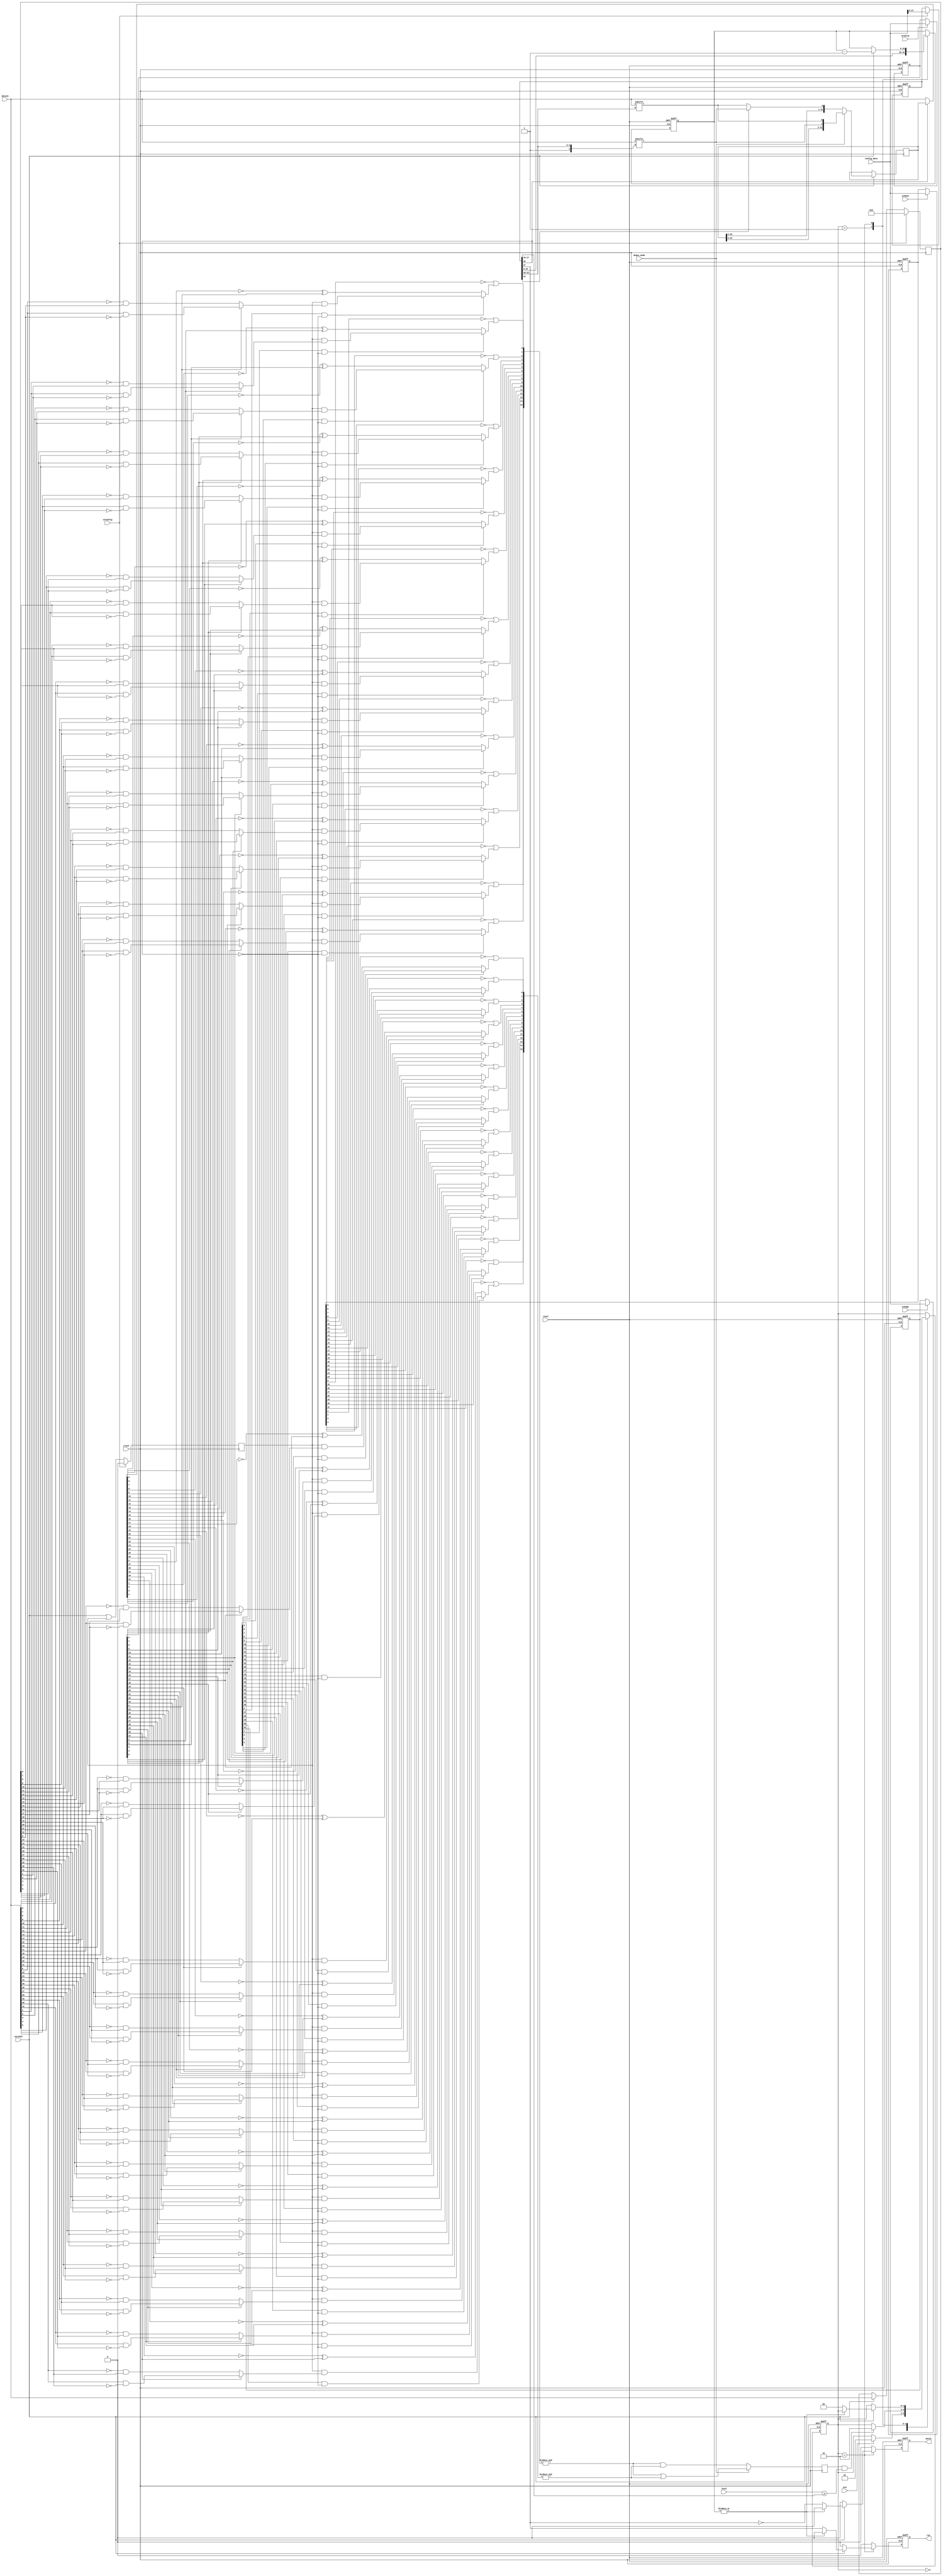
//--------------------------------------------------------------------------------
// stage.vhd
//
// Copyright (C) 2006 Michael Poppitz
// 
// This program is free software; you can redistribute it and/or modify
// it under the terms of the GNU General Public License as published by
// the Free Software Foundation; either version 2 of the License, or (at
// your option) any later version.
//
// This program is distributed in the hope that it will be useful, but
// WITHOUT ANY WARRANTY; without even the implied warranty of
// MERCHANTABILITY or FITNESS FOR A PARTICULAR PURPOSE. See the GNU
// General Public License for more details.
//
// You should have received a copy of the GNU General Public License along
// with this program; if not, write to the Free Software Foundation, Inc.,
// 51 Franklin St, Fifth Floor, Boston, MA 02110, USA
//
//--------------------------------------------------------------------------------
//
// Details: http://www.sump.org/projects/analyzer/
//
// Programmable 32 channel trigger stage. It can operate in serial
// and parallel mode. In serial mode any of the input channels
// can be used as input for the 32bit shift register. Comparison
// is done using the value and mask registers on the input in
// parallel mode and on the shift register in serial mode.
// If armed and 'level' has reached the configured minimum value,
// the stage will start to check for a match.
// The match and run output signal delay can be configured.
// The stage will disarm itself after a match occured or when reset is set.
//
// The stage supports "high speed demux" operation in serial and parallel
// mode. (Lower and upper 16 channels contain a 16bit sample each.)
//
// Matching is done using a pipeline. This should not increase the minimum
// time needed between two dependend trigger stage matches, because the
// dependence is evaluated in the last pipeline step.
// It does however increase the delay for the capturing process, but this
// can easily be software compensated. (By adjusting the before/after ratio.)
//--------------------------------------------------------------------------------
//
// 12/29/2010 - Ian Davis (IED) - Verilog version, changed to use LUT based 
//    masked comparisons, and other cleanups created - mygizmos.org
// 
// 05/22/2014 - Magnus Karlsson - Added edge triggers, removerd LUT-based comparisons
//

`timescale 1ns/100ps

module stage(
  clock, reset, dataIn, validIn,
  wrMask, wrValue, wrEdge, 
  wrConfig, config_data,
  arm, demux_mode, level,
  // outputs...
  run, match);

parameter TRUE = 1'b1;
parameter FALSE = 1'b0;

input clock, reset;
input validIn;
input [31:0] dataIn;		// Channel data...
input wrMask;			// Write trigger mask register
input wrValue;		// Write trigger value register
input wrEdge;			// Write trigger edge register
input wrConfig;		// Write trigger config register
input [31:0] config_data;	// Data to write into trigger config regs
input arm;
input demux_mode;
input [1:0] level;
output run;
output match;


//
// Registers...
//
reg [31:0] dataIn_dlyd;
reg validIn_dlyd;
reg [31:0] maskRegister, next_maskRegister;
reg [31:0] valueRegister, next_valueRegister;
reg [31:0] edgeRegister, next_edgeRegister;
reg [27:0] configRegister, next_configRegister;
reg [15:0] counter, next_counter; 

reg [31:0] shiftRegister, next_shiftRegister;
reg match32Register, next_match32Register;

reg run, next_run;
reg match, next_match;


//
// Useful decodes...
//
wire cfgStart = configRegister[27];
wire cfgSerial = configRegister[26];
wire [4:0] cfgChannel = configRegister[24:20];
wire [1:0] cfgLevel = configRegister[17:16];
wire [15:0] cfgDelay = configRegister[15:0];


// Remember last data in for edge triggers
always @ (posedge clock)
  if (wrConfig) begin
    dataIn_dlyd <= 0;
    validIn_dlyd <= 0;
  end else begin
    dataIn_dlyd <= validIn ? dataIn : dataIn_dlyd;
    validIn_dlyd <= validIn | validIn_dlyd;
  end
    
//
// Handle mask, value, edge & config register write requests
//
always @ (posedge clock or posedge reset)
  if (reset) begin
    maskRegister <= 0;
    valueRegister <= 0;
    edgeRegister <= 0;
    configRegister <= 0;
  end else begin
    maskRegister <= next_maskRegister;
    valueRegister <= next_valueRegister;
    edgeRegister <= next_edgeRegister;
    configRegister <= next_configRegister;
  end

always @*
begin
  next_maskRegister = (wrMask) ? config_data : maskRegister;
  next_valueRegister = (wrValue) ? config_data : valueRegister;
  next_edgeRegister = (wrEdge) ? config_data : edgeRegister;
  next_configRegister = (wrConfig) ? config_data[27:0] : configRegister;
end


//
// Use shift register or dataIn depending on configuration...
//
wire [31:0] testValue = (cfgSerial) ? shiftRegister : dataIn;

//
// Match detector
//
wire [31:0] edgeMatch, bitMatch;
genvar i;
generate
  for(i = 0 ; i < 32 ; i = i + 1)
    begin
      assign edgeMatch[i] = validIn_dlyd & (valueRegister[i] ? (dataIn[i] & ~dataIn_dlyd[i]) : (~dataIn[i] & dataIn_dlyd[i]));
      assign bitMatch[i] = ~maskRegister[i] | ((edgeRegister[i] & ~cfgSerial) ? edgeMatch[i] : (~testValue[i] ^ valueRegister[i]));
    end
endgenerate
    
wire matchL16 = &bitMatch[15:0];
wire matchH16 = &bitMatch[31:16];


//
// In demux mode only one half must match, in normal mode both words must match...
//
always @(posedge clock) 
begin
  match32Register <= next_match32Register;
end

always @*
begin
  if (demux_mode) 
    next_match32Register = matchL16 | matchH16;
  else next_match32Register = matchL16 & matchH16;
end


//
// Select serial channel based on cfgChannel...
//
wire serialChannelL16 = dataIn[{1'b0,cfgChannel[3:0]}];
wire serialChannelH16 = dataIn[{1'b1,cfgChannel[3:0]}];


//
// Shift in bit from selected channel whenever dataIn is ready...
always @(posedge clock) 
begin
  shiftRegister <= next_shiftRegister;
end

always @*
begin
  next_shiftRegister = shiftRegister;
  if (validIn)
    if (demux_mode) // in demux mode two bits come in per sample
      next_shiftRegister = {shiftRegister,serialChannelH16,serialChannelL16};
    else next_shiftRegister = {shiftRegister, (cfgChannel[4]) ? serialChannelH16 : serialChannelL16};
end


//
// Trigger state machine...
//
parameter [1:0]
  OFF = 2'h0,
  ARMED = 2'h1,
  MATCHED = 2'h2;

reg [1:0] state, next_state;

initial state = OFF;
always @(posedge clock or posedge reset) 
begin
  if (reset) 
    begin
      state = OFF;
      counter = 0;
      match = FALSE;
      run = FALSE;
    end
  else 
    begin
      state = next_state;
      counter = next_counter;
      match = next_match;
      run = next_run;
    end
end

always @*
begin
  #1;
  next_state = state;
  next_counter = counter;
  next_match = FALSE;
  next_run = FALSE;

  case (state) // synthesis parallel_case
    OFF : 
      begin
        if (arm) next_state = ARMED;
      end

    ARMED : 
      begin
        next_counter = cfgDelay;
        if (match32Register && (level >= cfgLevel)) 
          next_state = MATCHED;
      end

    MATCHED : 
      begin
        if (validIn)
	  begin
            next_counter = counter-1'b1;
            if (~|counter)
	      begin
                next_run = cfgStart;
                next_match = ~cfgStart;
                next_state = OFF;
              end
	  end
      end
  endcase
end
endmodule